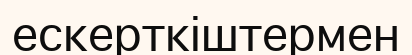
ескерткіштермен